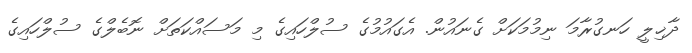
ދާޚިލީ ހަނގުރާމަ ނިމުމަކަށް ގެނައުން. އެގައުމުގެ ސުލްހައިގެ މި މަސައްކަތަށް ނޮބެލްގެ ސުލްހައިގެ